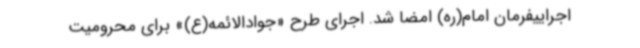
اجراییفرمان امام(ره) امضا شد. اجرای طرح «جوادالائمه(ع)» برای محرومیت